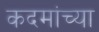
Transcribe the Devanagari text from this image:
कदमांच्या